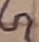
Text: G